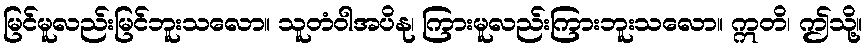
မြင်မူလည်းမြင်ဘူးသလော။ သူတံဝါအပိနု၊ ကြားမူလည်းကြားဘူးသလော။ ဣတိ၊ ဤသို့။